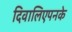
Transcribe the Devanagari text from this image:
दिवालिएपनके